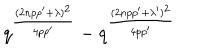
q ^ { \frac { ( 2 n p p ^ { \prime } + \lambda ) ^ { 2 } } { 4 p p ^ { \prime } } } - q ^ { \frac { ( 2 n p p ^ { \prime } + \lambda ^ { \prime } ) ^ { 2 } } { 4 p p ^ { \prime } } }